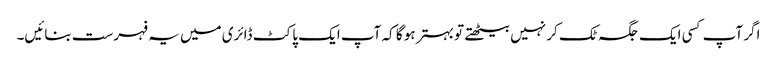
اگر آپ کسی ایک جگہ ٹک کر نہیں بیٹھتے تو بہتر ہو گا کہ آپ ایک پاکٹ ڈائری میں یہ فہرست بنائیں۔